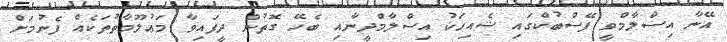
އޭނާ އިސްލާމްވީ ފޭސްބުކްގައި ޝެއިޚަކު އިސްލާމްދީނާއި ބެހޭ ގޮތުން ދީފައިވާ މަޢުލޫމާތުތަކެއް ފެނުމަށް